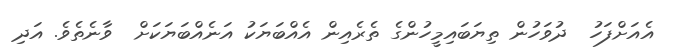
އެއަށްފަހު  ދުވަހުން ތިޔަބައިމީހުންގެ ތެރެއިން އެއްބަޔަކު އަނެއްބަޔަކަށް  ވާނެތެވެ. އަދި